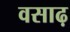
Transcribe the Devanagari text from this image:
वसाढ़